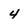
Character: 4